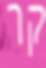
קר